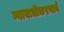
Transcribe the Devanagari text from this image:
न्यायाधीकरणाने